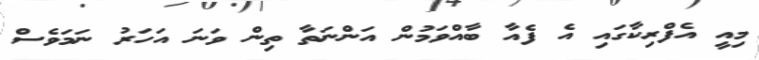
މިއީ އެފްރިކާގައި އެ ފެއާ ބާއްވަމުން އަންނަތާ ތިން ވަނަ އަހަރު ނަމަވެސް